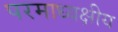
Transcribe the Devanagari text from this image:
परमाध्यक्षीय